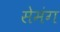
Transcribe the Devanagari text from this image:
सेमंग